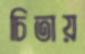
চিতায়